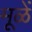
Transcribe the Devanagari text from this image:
मूळें